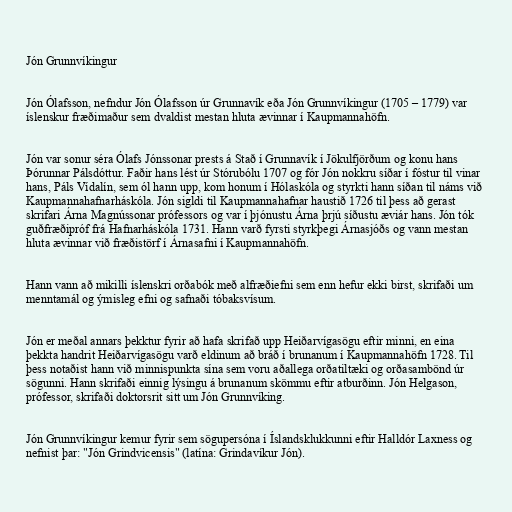
Jón Grunnvíkingur

Jón Ólafsson, nefndur Jón Ólafsson úr Grunnavík eða Jón Grunnvíkingur (1705 – 1779) var
íslenskur fræðimaður sem dvaldist mestan hluta ævinnar í Kaupmannahöfn.

Jón var sonur séra Ólafs Jónssonar prests á Stað í Grunnavík í Jökulfjörðum og konu hans
Þórunnar Pálsdóttur. Faðir hans lést úr Stórubólu 1707 og fór Jón nokkru síðar í fóstur til vinar
hans, Páls Vídalín, sem ól hann upp, kom honum í Hólaskóla og styrkti hann síðan til náms við
Kaupmannahafnarháskóla. Jón sigldi til Kaupmannahafnar haustið 1726 til þess að gerast
skrifari Árna Magnússonar prófessors og var í þjónustu Árna þrjú síðustu æviár hans. Jón tók
guðfræðipróf frá Hafnarháskóla 1731. Hann varð fyrsti styrkþegi Árnasjóðs og vann mestan
hluta ævinnar við fræðistörf í Árnasafni í Kaupmannahöfn.

Hann vann að mikilli íslenskri orðabók með alfræðiefni sem enn hefur ekki birst, skrifaði um
menntamál og ýmisleg efni og safnaði tóbaksvísum.

Jón er meðal annars þekktur fyrir að hafa skrifað upp Heiðarvígasögu eftir minni, en eina
þekkta handrit Heiðarvígasögu varð eldinum að bráð í brunanum í Kaupmannahöfn 1728. Til
þess notaðist hann við minnispunkta sína sem voru aðallega orðatiltæki og orðasambönd úr
sögunni. Hann skrifaði einnig lýsingu á brunanum skömmu eftir atburðinn. Jón Helgason,
prófessor, skrifaði doktorsrit sitt um Jón Grunnvíking.

Jón Grunnvíkingur kemur fyrir sem sögupersóna í Íslandsklukkunni eftir Halldór Laxness og
nefnist þar: "Jón Grindvicensis" (latína: Grindavíkur Jón).